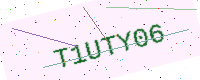
Text: T1UTY06